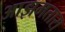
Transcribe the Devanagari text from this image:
आझमतारा